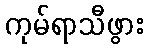
ကုမ်ရာသီဖွား